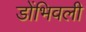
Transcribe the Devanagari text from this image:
डोंभिवली